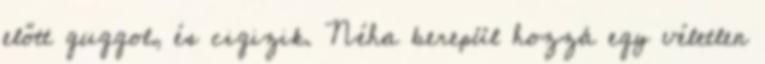
előtt guggol, és cigizik. Néha berepül hozzá egy véletlen